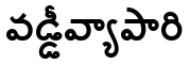
వడ్డీవ్యాపారి